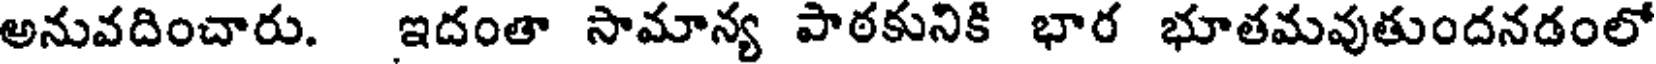
అనువదించారు. ఇదంతా సామాన్య పాఠకునికి భార భూతమవుతుందనడంలో